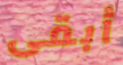
أبقى